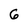
Character: 6